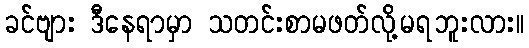
ခင်ဗျား ဒီနေရာမှာ သတင်းစာမဖတ်လို့မရဘူးလား။